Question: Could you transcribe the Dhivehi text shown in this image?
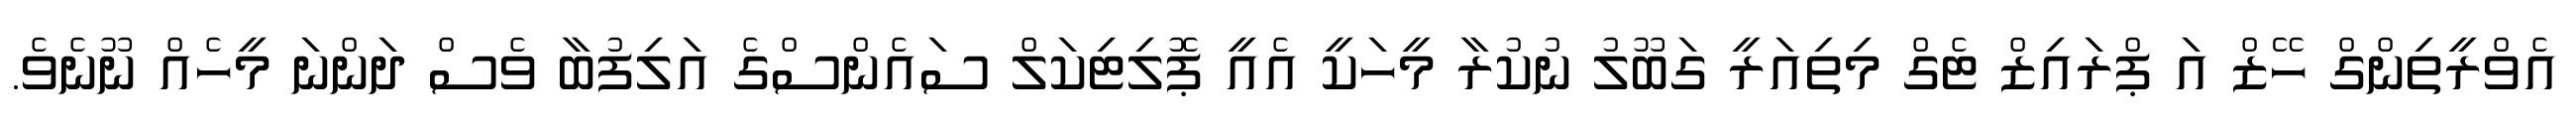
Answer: އެވްރީތިންގް ހޭޒް އަ ޕްރައިޒް ޓެގް މިތިއަރީ ގަބޫލު ނުކުރާ މީހަކީ އެއީ ޕޮލިޓިކަލް ސައެންސްގެ އަލިފުބާ ވެސް ދަންނަ މީހެއް ނޫނެވެ.